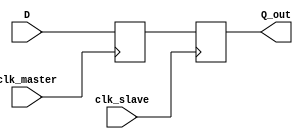
module master_slave_synchronizer (
    input wire D,                // Data input to be synchronized
    input wire clk_master,       // Clock signal for the master flip-flop
    input wire clk_slave,        // Clock signal for the slave flip-flop
    output reg Q_out            // Synchronized output
);

    reg Q_master;               // Output of the master flip-flop

    // Master Flip-Flop: Captures input data on clk_master
    always @(posedge clk_master) begin
        Q_master <= D;          // Capture input data D
    end

    // Slave Flip-Flop: Captures output of master on clk_slave
    always @(posedge clk_slave) begin
        Q_out <= Q_master;      // Capture output of master flip-flop
    end

endmodule